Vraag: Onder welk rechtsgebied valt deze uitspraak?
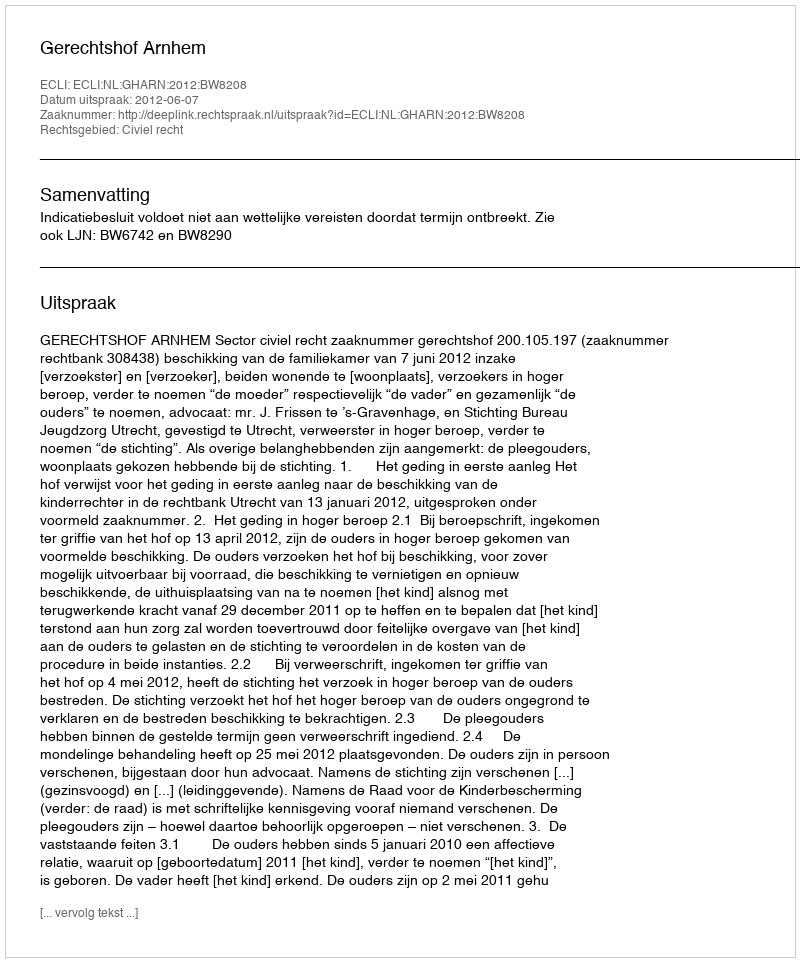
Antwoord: Civiel recht